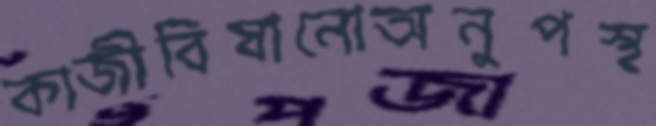
কাজীবিষানোঅনুপস্থ